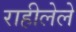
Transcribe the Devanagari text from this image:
राहीलेले